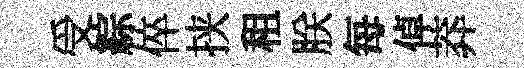
受綜倅挟租朕每倬莽